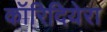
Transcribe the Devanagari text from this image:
कॉरिदियेरा